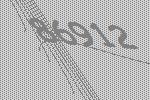
86912